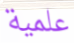
علمية